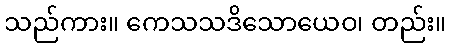
သည်ကား။ ကေသသဒိသောယေဝ၊ တည်း။